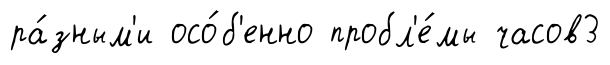
ра́зным'и осо́б'енно пробл'е́мы часов3